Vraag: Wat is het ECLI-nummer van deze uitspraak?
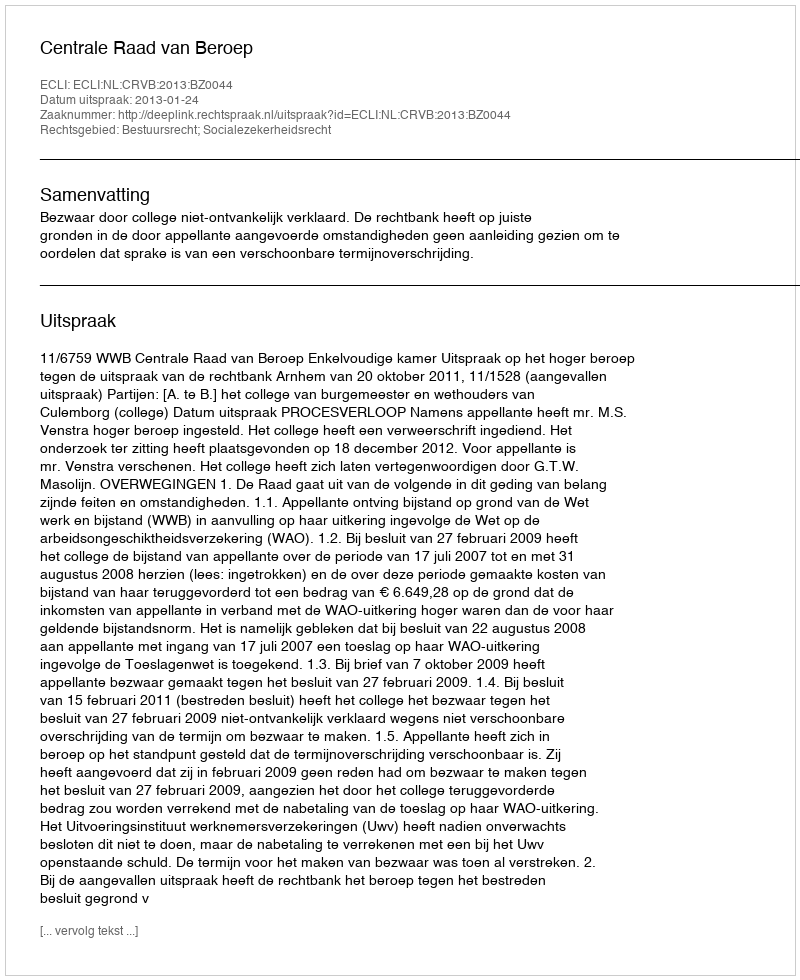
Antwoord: ECLI:NL:CRVB:2013:BZ0044